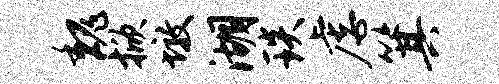
魏掀墩湖琰虐箕